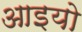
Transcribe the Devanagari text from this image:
आइयो